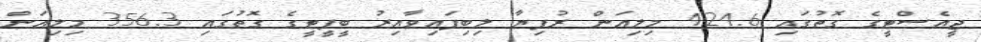
ޖީއެސްޓީގެ ގޮތުގައި 424.6 މިލިއަން ރުފިޔާ ލިބިފައިވާއިރު ބީޕީޓީގެ ގޮތުގައި 356.3 މިލިއަން